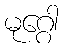
မုဂ္ဂေါ